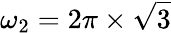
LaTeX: \omega_{2}=2\pi\times\sqrt{3}